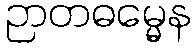
ဉာတဓမ္မေန